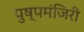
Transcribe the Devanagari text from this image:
पुष्पमंजिरी